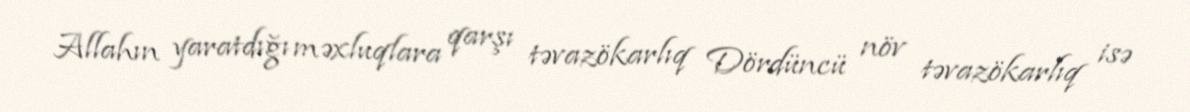
Allahın yaratdığı məxluqlara qarşı təvazökarlıq Dördüncü növ təvazökarlıq isə